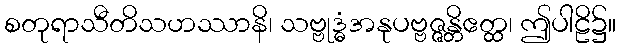
စတုရာသီတိသဟဿာနိ၊ သဗ္ဗုဒ္ဓံအနုပဗ္ဗဇ္ဇန္တိဧတ္ထ၊ ဤပါဠိ၌။